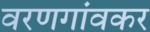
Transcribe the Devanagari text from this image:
वरणगांवकर